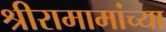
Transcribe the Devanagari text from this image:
श्रीरामामांच्या